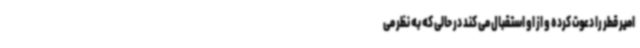
امیر قطر را دعوت کرده و از او استقبال می کند در حالی که به نظر می